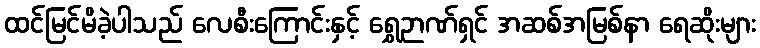
ထင်မြင်မိခဲ့ပါသည် လေစီးကြောင်းနှင့် ရွှေဉာဏ်ရှင် အဆစ်အမြစ်နာ ရေဆိုးများ